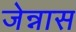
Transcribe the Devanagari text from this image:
जेन्नास